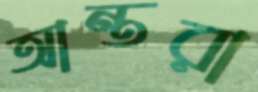
আন্তরা